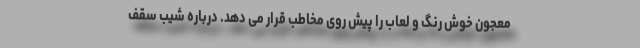
معجون خوش رنگ و لعاب را پیش روی مخاطب قرار می دهد. درباره شیب سقف